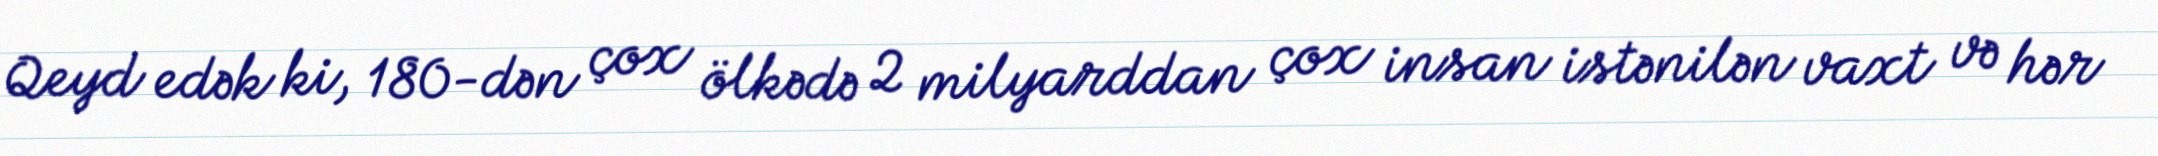
Qeyd edək ki, 180-dən çox ölkədə 2 milyarddan çox insan istənilən vaxt və hər